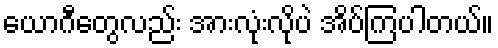
ယောဂီတွေလည်း အားလုံးလိုပဲ အိပ်ကြပါတယ်။